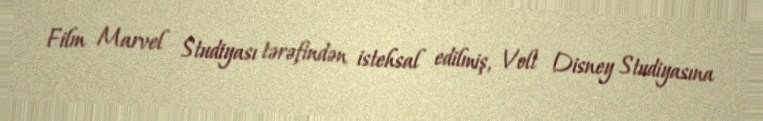
Film Marvel Studiyası tərəfindən istehsal edilmiş, Volt Disney Studiyasına